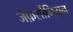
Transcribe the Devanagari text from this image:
जेफ़र्सोनियन